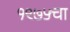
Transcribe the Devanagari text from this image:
१९७५चा